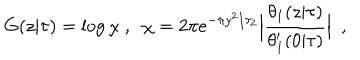
LaTeX: G ( z \vert \tau ) = \log \chi \ , \ \ \chi = 2 \pi e ^ { - \pi y ^ { 2 } / \tau _ { 2 } } \Bigl \vert { \frac { \theta _ { 1 } ( z \vert \tau ) } { \theta _ { 1 } ^ { \prime } ( 0 \vert \tau ) } } \Bigr \vert \ \ ,